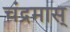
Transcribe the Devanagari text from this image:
चंद्रमास्